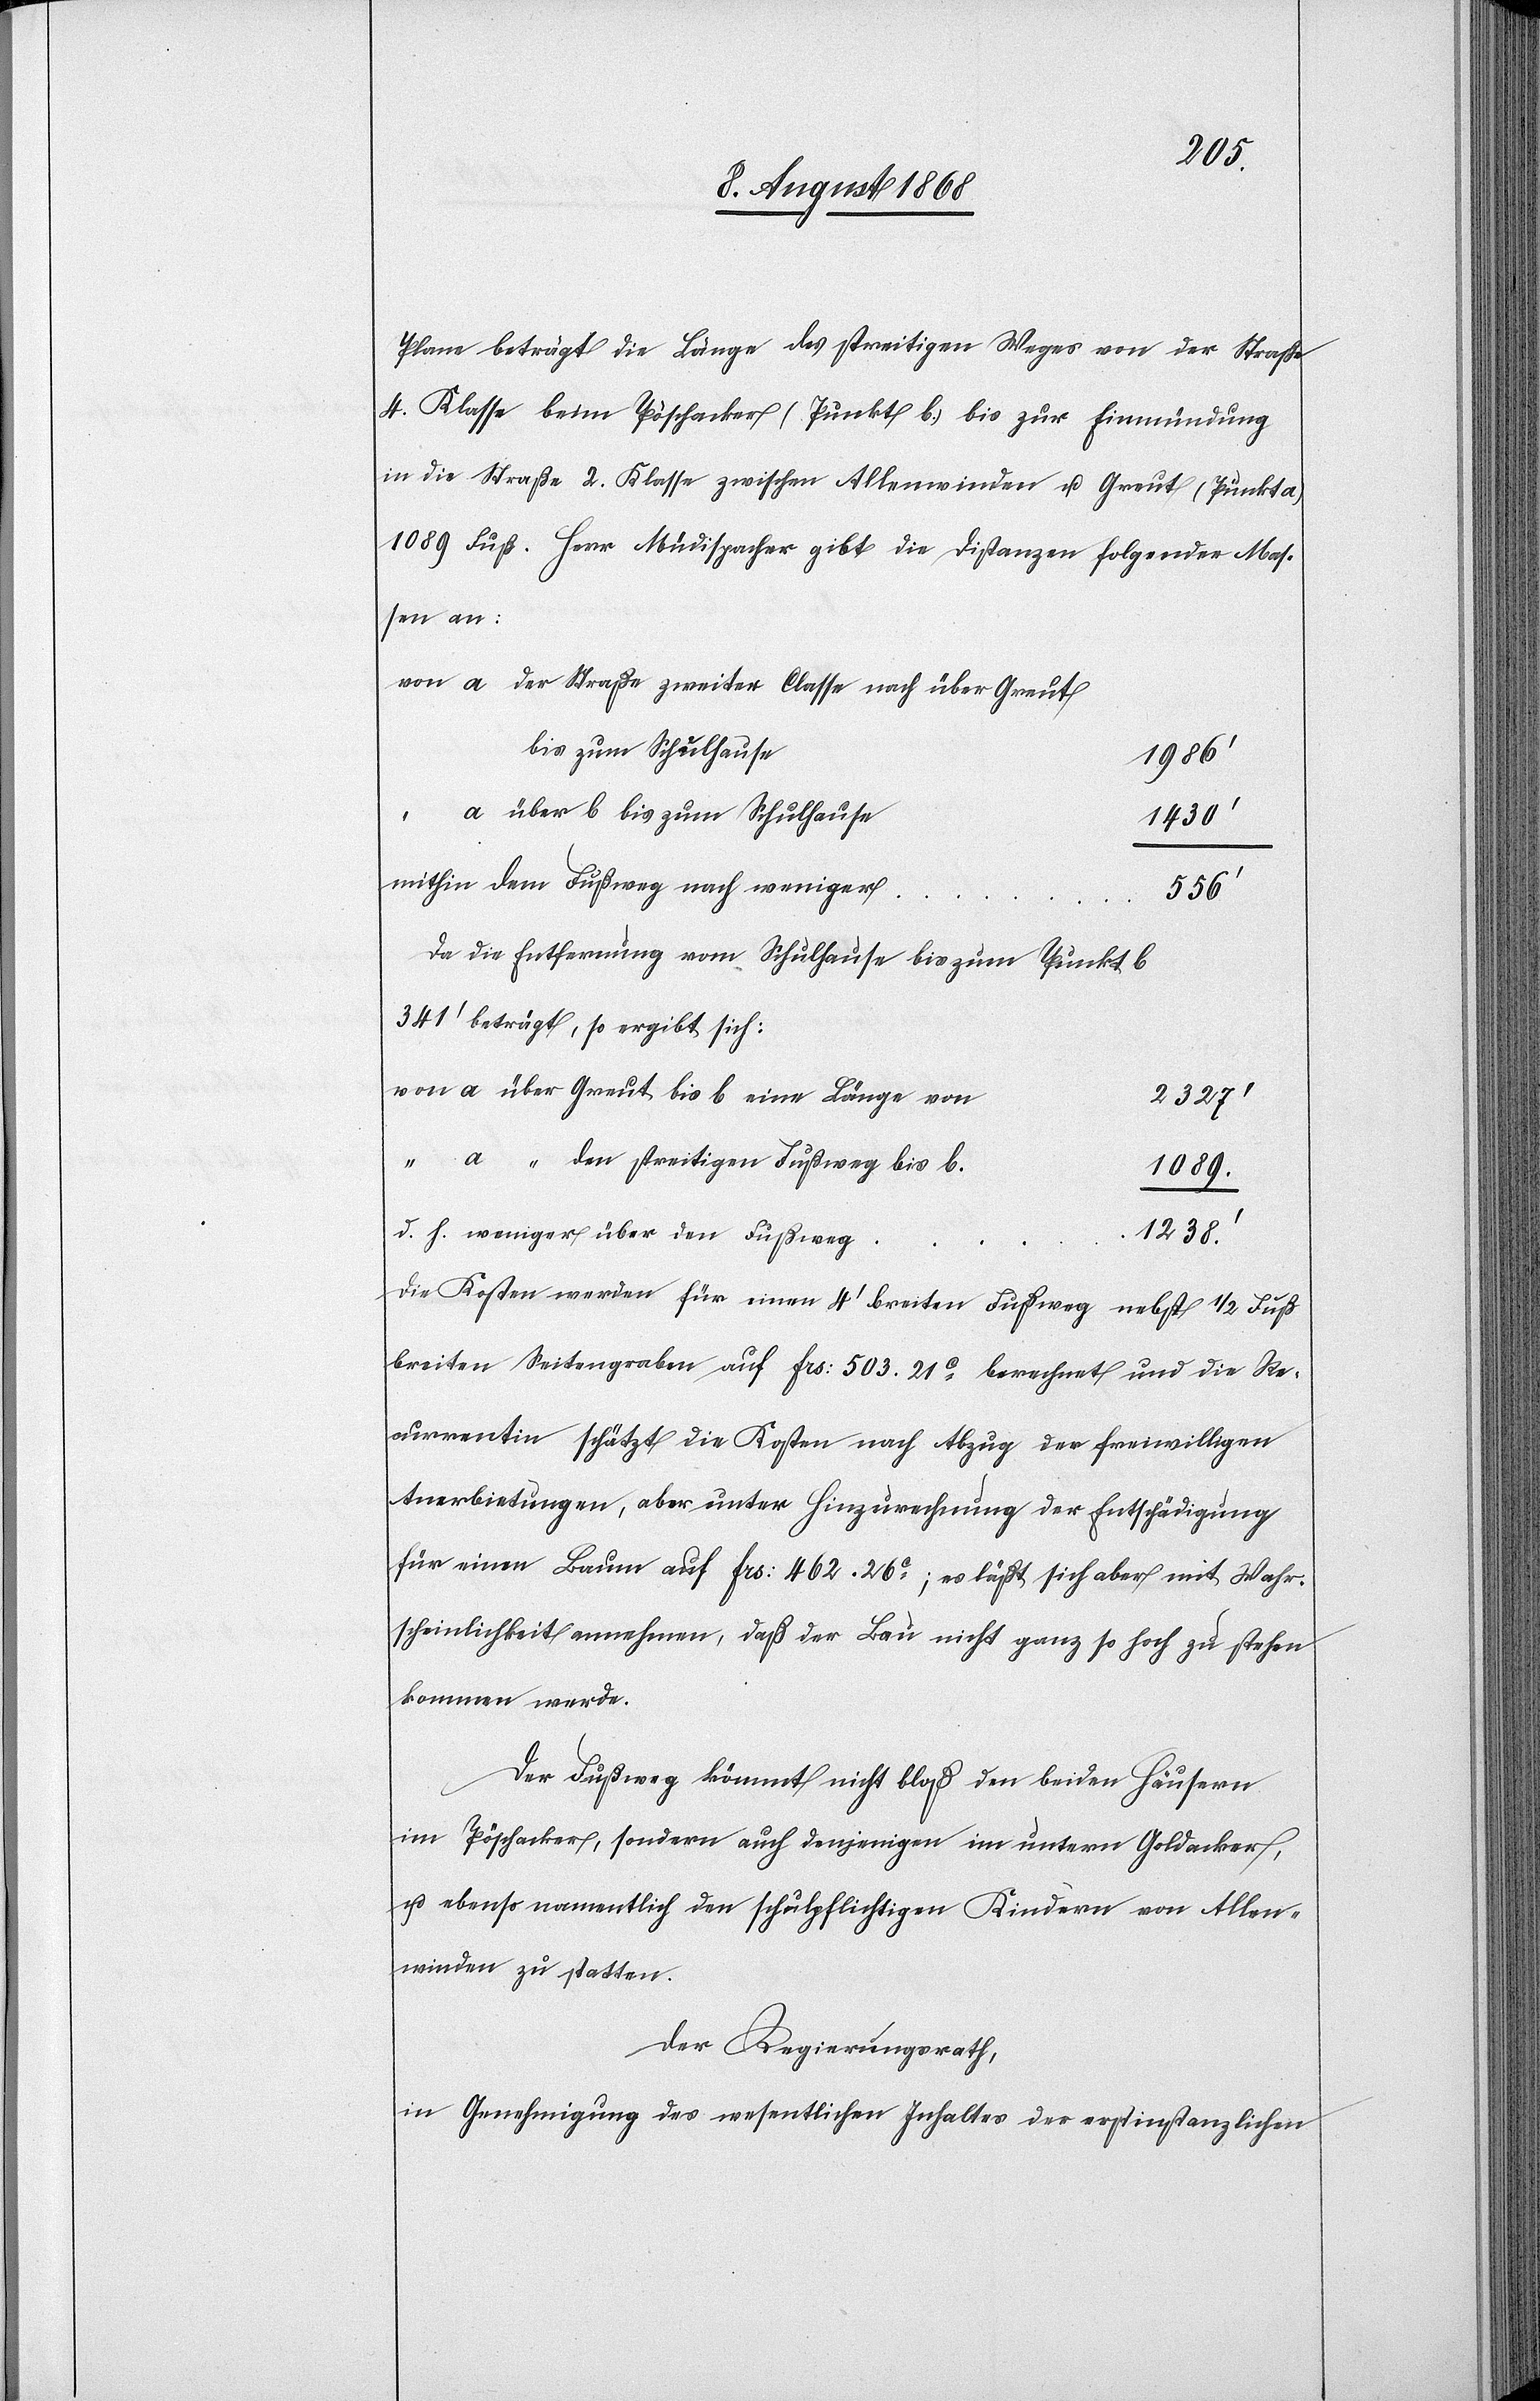
Plane beträgt die Länge des streitigen Weges von der Straße
4. Klasse beim Pöschacker (Punkt b.) bis zur Einmündung
in die Straße 2. Klasse zwischen Allenwinden u. Greut (Punkt a)
1089 Fuß. Herr Müdispacher gibt die Distanzen folgender Mas¬
sen an:
von a der Straße zweiter Classe nach über Greut
bis zum Schulhause
1986‘
a über b bis zum Schulhause
1430‘
mithin dem Fußweg nach weniger
556‘
Da die Entfernung vom Schulhause bis zum Punkt b
341‘ beträgt, so ergibt sich:
von a über Greut bis b eine Länge von
2327‘
“ a “ den streitigen Fußweg bis b.
1089.
d. h. weniger über den Fußweg
1238.‘
Die Kosten werden für einen 4‘ breiten Fußweg nebst 1/2 Fuß
breiten Seitengraben auf Frs: 503. 21c berechnet und die Re¬
currentin schätzt die Kosten nach Abzug der freiwilligen
Anerbietungen, aber unter Hinzurechnung der Entschädigung
für einen Baum auf Frs: 462. 26c; es läßt sich aber mit Wahr¬
scheinlichkeit annehmen, daß der Bau nicht ganz so hoch zu stehen
kommen werde.
Der Fußweg kömmt nicht bloß den beiden Häusern
im Pöschacker, sondern auch denjenigen im untern Goldacker,
u. ebenso namentlich den schulpflichtigen Kindern von Allen¬
winden zu statten.
Der Regierungsrath,
in Genehmigung des wesentlichen Inhaltes der erstinstanzlichen